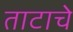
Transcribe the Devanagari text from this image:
ताटाचे